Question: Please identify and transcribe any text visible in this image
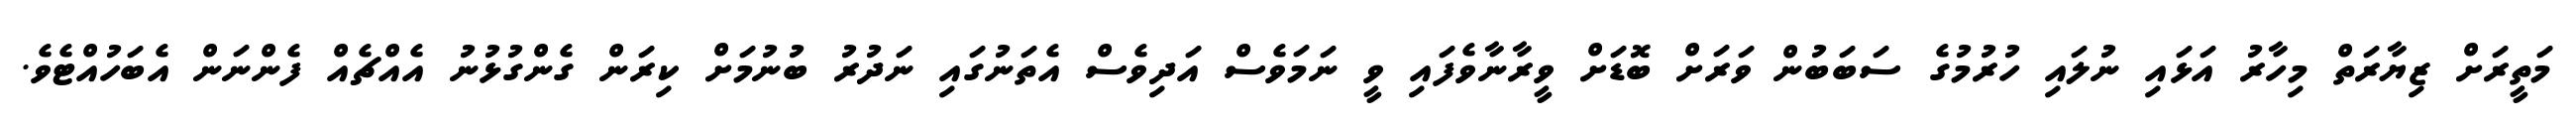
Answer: މަތީރަށް ޒިޔާރަތް މިހާރު އަޅައި ނުލައި ހުރުމުގެ ސަބަބުން ވަރަށް ބޮޑަށް ވީރާނާވެފައި ވީ ނަމަވެސް އަދިވެސް އެތަނުގައި ނަދުރު ބުނުމަށް ކިރަން ގެންގުޅުނު އެއްޗެއް ފެންނަން އެބަހުއްޓެވެ.